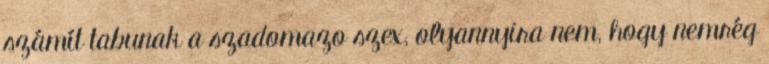
számít tabunak a szadomazo szex, olyannyira nem, hogy nemrég